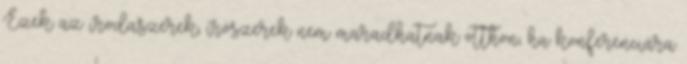
Ezek az irodaszerek, írószerek nem maradhatnak otthon, ha konferenciára